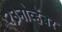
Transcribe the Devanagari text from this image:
२३नोव्हेंबर